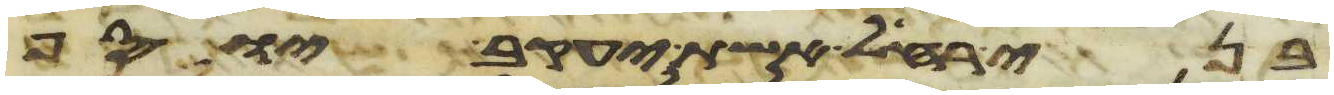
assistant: בני רחל אשת יעקב יוסף